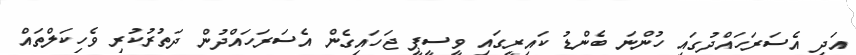
އަދި އެސަރަހައްދުގައި ހުންނަ ބެންޑު ކައިރީގައި ވީސީޕީ ޖަހައިގެން އެސަރަހައްދުން ދަތުރުކުރި ވެހިކަލްތައް